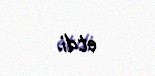
etdi.